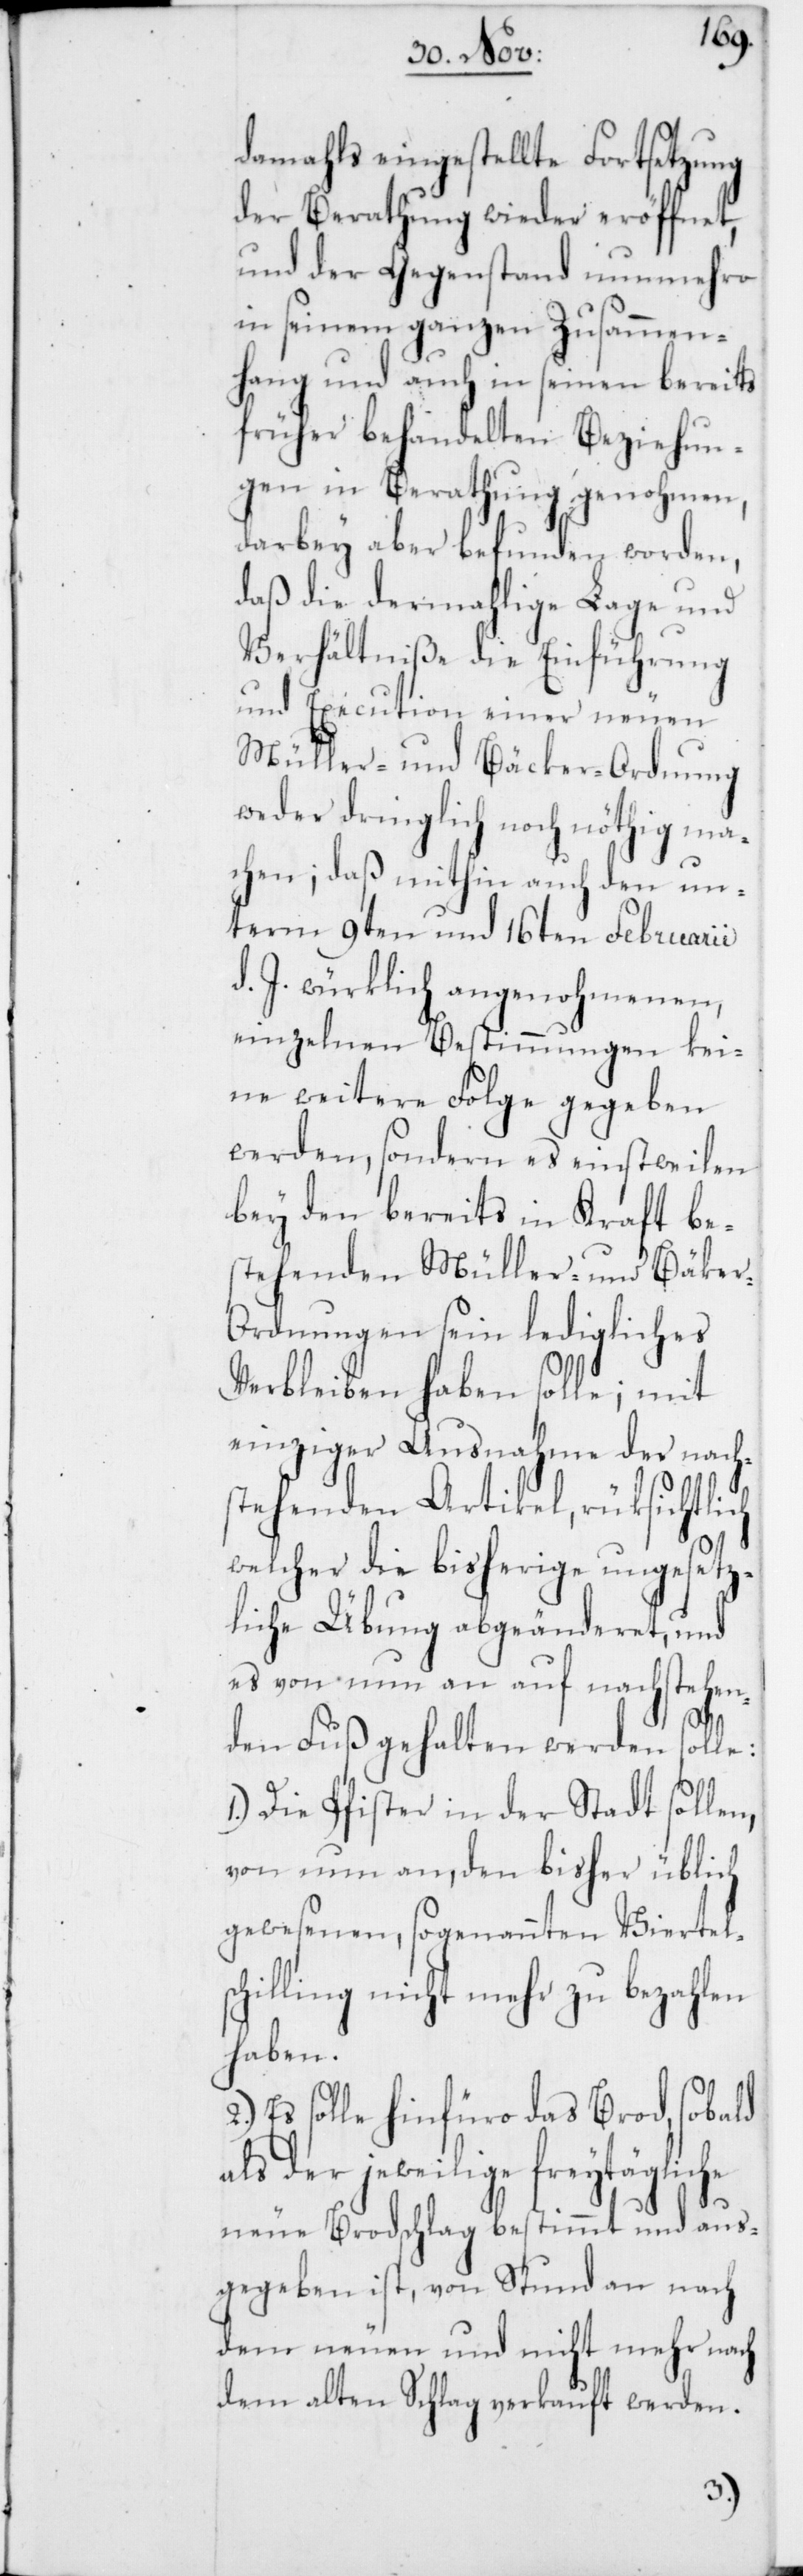
damahls eingestellte Fortsetzung
der Berathung wieder eröffnet,
und der Gegenstand nunmehro
in seinem ganzen Zusammen¬
hang und auch in seinen bereits
früher behandelten Beziehun¬
gen in Berathung genohmen,
sc¬
darbey aber befunden worden,
daß die dermahlige Lage und
Verhältniße die Einführung
und Execution einer neuen
Müller- und Bäcker-Ordnung
weder dringlich noch nöthig ma¬
chen; daß mithin auch den un¬
term 9ten und 16ten Februarii
d. J. würklich angenohmenen,
einzelnen Bestimmungen kei¬
ne weitere Folge gegeben
werden, sondern es einstweilen
bey den bereits in Kraft be¬
stehenden Müller- und Bäcke¬
r-Ordnungen sein ledigliches
Verbleiben haben solle; mit
einziger Ausnahme der nach¬
stehenden Artikel, rüksichtlich
welcher die bisherige ungesetz¬
liche Übung abgeänderet, und
es von nun an auf nachstehen¬
den Fuß gehalten werden solle:
1.) Die Pfister in der Stadt sollen,
von nun an, den bisher üblich
gewesenen, sogenannten Viertel¬
hilling nicht mehr zu bezahlen
haben.
Es solle hinfüro das Brod, sobald
als der jeweilige freytägliche
neue Brodschlag bestimmt und aus¬
gegeben ist, von Stund an nach
dem neuen und nicht mehr nach
dem alten Schlag verkauft werden.